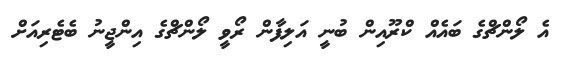
އެ ލޯންޗްގެ ބައެއް ކްރޫއިން ބުނީ އަލިފާން ރޯވީ ލޯންޗްގެ އިންޖީނު ބެޓެރިއަށް